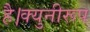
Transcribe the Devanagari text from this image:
है।क्युनीरूप